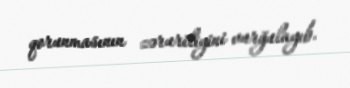
qorunmasının zəruriliyini vurğulayıb.